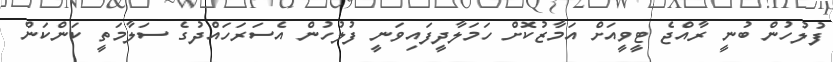
ފުލުހުން ބުނީ ރާއްޖެ ޓީވީއަށް އަމާޒުކޮށް ހަމަލާދީފައިވަނީ ފުލުހުން އެސަރަހައްދުގެ ސަލާމަތީ ކަންކަން